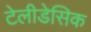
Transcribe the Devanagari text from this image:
टेलीडेसिक